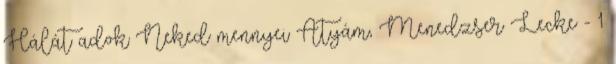
Hálát adok Neked mennyei Atyám, Menedzser Lecke - 1